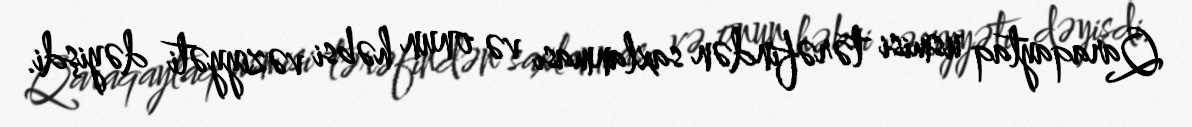
Qaraqaytaq usmisi tərəfindən saxlanması və onun həbsi vəziyyəti dəyişdi.